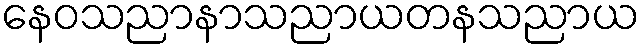
နေဝသညာနာသညာယတနသညာယ